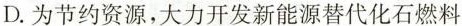
D.为节约资源，大力开发新能源替代化石燃料